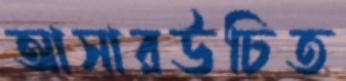
আসারউচিত